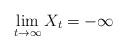
LaTeX: \begin{align*}\lim_{t\rightarrow\infty} X_t = -\infty\end{align*}